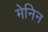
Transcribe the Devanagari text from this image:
मेनिन